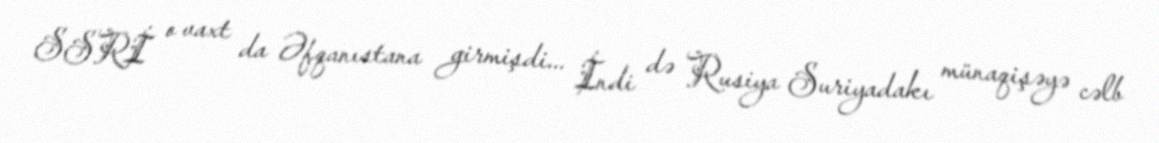
SSRİ o vaxt da Əfqanıstana girmişdi... İndi də Rusiya Suriyadakı münaqişəyə cəlb